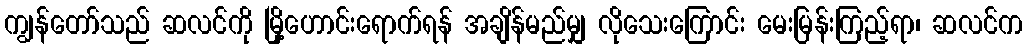
ကျွန်တော်သည် ဆလင်ကို မြို့ဟောင်းရောက်ရန် အချိန်မည်မျှ လိုသေးကြောင်း မေးမြန်းကြည့်ရာ၊ ဆလင်က